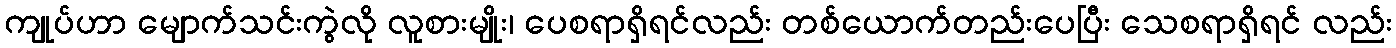
ကျုပ်ဟာ မျောက်သင်းကွဲလို လူစားမျိုး၊ ပေစရာရှိရင်လည်း တစ်ယောက်တည်းပေပြီး သေစရာရှိရင် လည်း